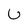
Character: U